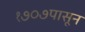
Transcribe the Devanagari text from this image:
१७०७पासून